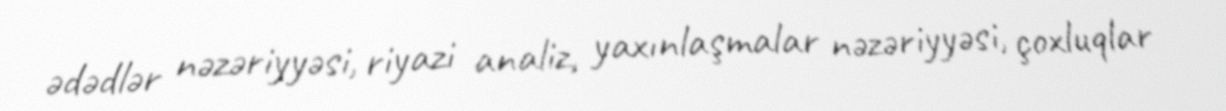
ədədlər nəzəriyyəsi, riyazi analiz, yaxınlaşmalar nəzəriyyəsi, çoxluqlar